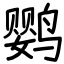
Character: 鹦